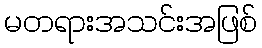
မတရားအသင်းအဖြစ်